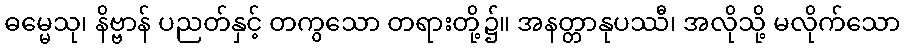
ဓမ္မေသု၊ နိဗ္ဗာန် ပညတ်နှင့် တကွသော တရားတို့၌။ အနတ္တာနုပဿီ၊ အလိုသို့ မလိုက်သော